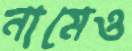
নামেও